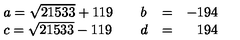
\left. \begin{array} { l l l l r } { a = \sqrt { 2 1 5 3 3 } + 1 1 9 } & { } & { b } & { = } & { - 1 9 4 } \\ { c = \sqrt { 2 1 5 3 3 } - 1 1 9 } & { } & { d } & { = } & { 1 9 4 } \\ \end{array} \right.